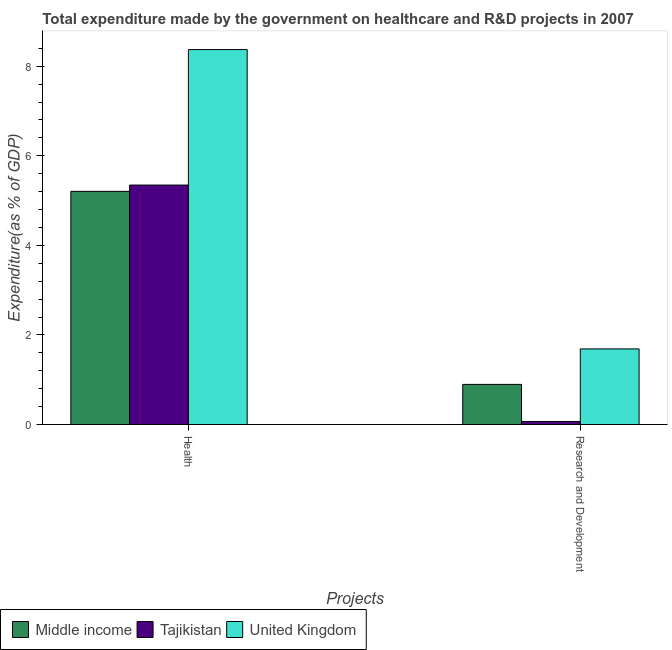
| Projects | Middle income | Tajikistan | United Kingdom |
 | --- | --- | --- | --- |
 | Health | 5.21 | 5.35 | 8.37 |
 | Research and Development | 0.895 | 0.0678 | 1.69 |